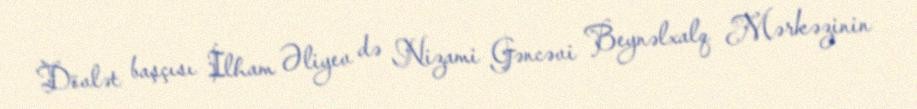
Dövlət başçısı İlham Əliyev də Nizami Gəncəvi Beynəlxalq Mərkəzinin